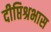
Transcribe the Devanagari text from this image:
दीप्तिश्रभास